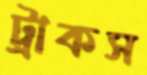
ট্রাকস